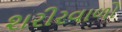
શરીરવાળો